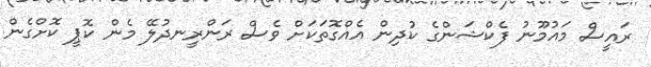
ރައީސް މައުމޫނު ފެކްޝަންގެ ކުދިން އެއްގޮތަކަށް ވެސް ރަންރީނދުލޭ މެން ކޮޕީ ކޮށްގެން